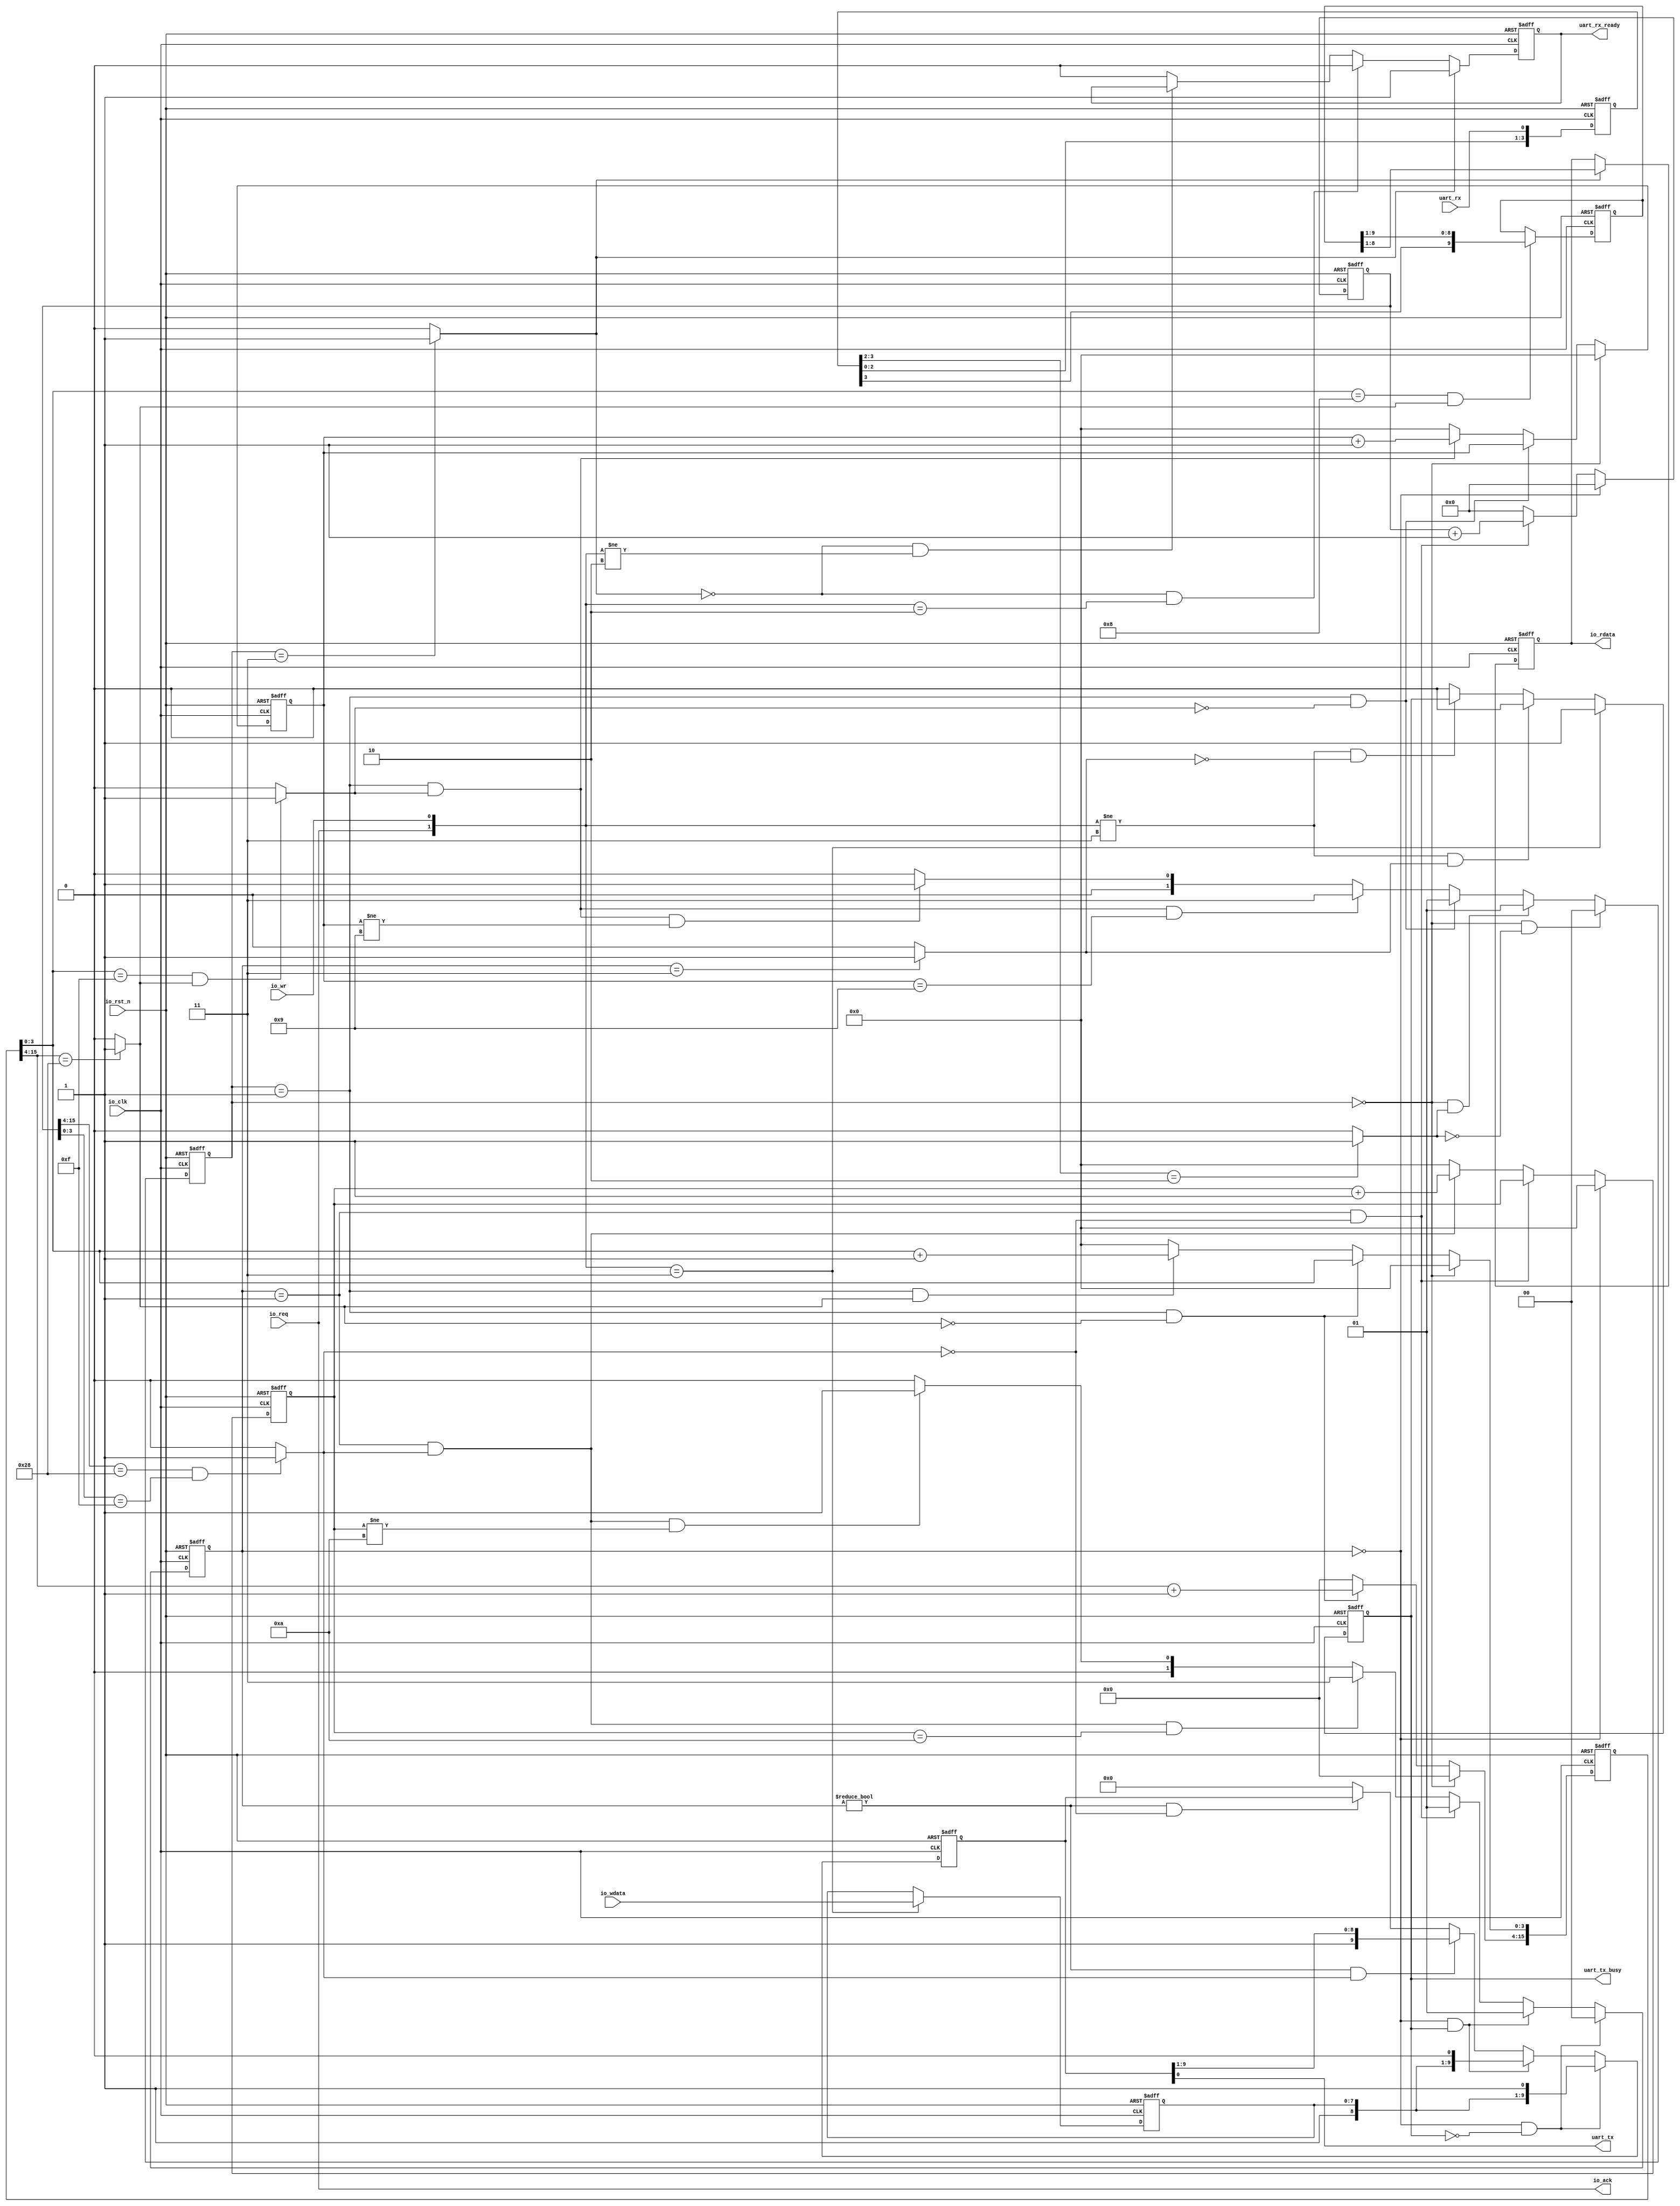
//------------------------------------------------------------------------------
//
//  tg_uart.v : serial controller (8bit parity-none stop1) module
//
//  LICENSE : "as-is"
//  TakeshiNagashima caramelgate@gmail.com
//------------------------------------------------------------------------------
//  2012/mar/03 release 0.0  connection test
//
//------------------------------------------------------------------------------

module tg_uart #(
	parameter	baud38400  =16'd40		// 25Mhz : 38400x16=40
) (
	output			uart_tx,			// out   [UART] send
	output			uart_tx_busy,		// out   [UART] send busy

	input			uart_rx,			// in    [UART] recieve
	output			uart_rx_ready,		// out   [UART] recieve data ready

	input	[7:0]	io_wdata,			// in    [UART] [7:0] io write data input
	output	[7:0]	io_rdata,			// out   [UART] [7:0] io read data output
	input			io_req,				// in    [UART] io req
	input			io_wr,				// in    [UART] io #read/write
	output			io_ack,				// out   [UART] io ack/#busy
	input			io_clk,				// in    [UART] clk
	input			io_rst_n			// in    [UART] #rst
);

//--------------------------------------------------------------
//  local parameter

	localparam	txst00=2'b00;
	localparam	txst01=2'b01;
	localparam	txst02=2'b11;
	localparam	txst03=2'b10;

	localparam	rxst00=2'b00;
	localparam	rxst01=2'b01;
	localparam	rxst02=2'b11;
	localparam	rxst03=2'b10;

//--------------------------------------------------------------
//  signal

	reg		[7:0] tx_data_r;
	reg		tx_busy_r;
	reg		[1:0] txstate_r;
	reg		[15:0] tx_count_r;
	reg		[3:0] tx_count9_r;
	reg		[9:0] tx_out_r;
	wire	[7:0] tx_data_w;
	wire	tx_busy_w;
	wire	[1:0] txstate_w;
	wire	[15:0] tx_count_w;
	wire	[3:0] tx_count9_w;
	wire	[9:0] tx_out_w;

	wire	tx_count_end;

	reg		[3:0] rx_in_r;
	reg		[1:0] rxstate_r;
	reg		[15:0] rx_count_r;
	reg		[3:0] rx_count9_r;
	reg		[9:0] rx_data_r;
	reg		[7:0] rx_rdata_r;
	reg		rx_full_r;
	wire	[3:0] rx_in_w;
	wire	[1:0] rxstate_w;
	wire	[15:0] rx_count_w;
	wire	[3:0] rx_count9_w;
	wire	[9:0] rx_data_w;
	wire	[7:0] rx_rdata_w;
	wire	rx_full_w;

	wire	rx_count_low_end;
	wire	rx_count_end;

//--------------------------------------------------------------
//  design

	assign io_ack=io_req;

	// ---- send ----

	assign uart_tx=tx_out_r[0];
	assign uart_tx_busy=tx_busy_r;

	always @(posedge io_clk or negedge io_rst_n)
	begin
		if (io_rst_n==1'b0)
			begin
				tx_data_r[7:0] <= 8'b0;
				tx_busy_r <= 1'b0;
				txstate_r <= txst00;
				tx_count_r[15:0] <= 16'b0;
				tx_count9_r[3:0] <= 4'b0;
				tx_out_r[9:0] <= 10'b11111111;
			end
		else
			begin
				tx_data_r[7:0] <= tx_data_w[7:0];
				tx_busy_r <= tx_busy_w;
				txstate_r <= txstate_w;
				tx_count_r[15:0] <= tx_count_w[15:0];
				tx_count9_r[3:0] <= tx_count9_w[3:0];
				tx_out_r[9:0] <= tx_out_w[9:0];
			end
	end

	wire	tx_done;

	assign tx_count_end=(tx_count_r[15:4]==baud38400[11:0]) & (tx_count_r[3:0]==4'hf) ? 1'b1 : 1'b0;

	assign tx_data_w[7:0]=({io_req,io_wr}==2'b11) ? io_wdata[7:0] : tx_data_r[7:0];
	assign tx_busy_w=
			({io_req,io_wr}==2'b11) ? 1'b1 :
			({io_req,io_wr}!=2'b11) & (tx_done==1'b1) ? 1'b0 :
			({io_req,io_wr}!=2'b11) & (tx_done==1'b0) ? tx_busy_r :
			1'b0;

	assign txstate_w=
			(txstate_r==txst00) & (tx_busy_r==1'b0) ? txst00 :
			(txstate_r==txst00) & (tx_busy_r==1'b1) ? txst01 :
			(txstate_r==txst01) & (tx_count_end==1'b0) ? txst01 :
			(txstate_r==txst01) & (tx_count_end==1'b1) & (tx_count9_r[3:0]==4'd10) ? txst02 :
			(txstate_r==txst01) & (tx_count_end==1'b1) & (tx_count9_r[3:0]!=4'd10) ? txst01 :
			(txstate_r==txst02) ? txst00 :
			(txstate_r==txst03) ? txst00 :
			txst00;

	assign tx_done=(txstate_r==txst02) ? 1'b1 :1'b0;

	assign tx_count_w[15:0]=
			(txstate_r==txst00) ? 16'b0 :
			(txstate_r==txst01) & (tx_count_end==1'b0) ? tx_count_r[15:0]+16'h01:
			(txstate_r==txst01) & (tx_count_end==1'b1) ? 16'h0 :
			(txstate_r==txst02) ? 16'h0 :
			(txstate_r==txst03) ? 16'h0 :
			16'h0;

	assign tx_count9_w[3:0]=
			(txstate_r==txst00) ? 4'b0 :
			(txstate_r==txst01) & (tx_count_end==1'b0) ? tx_count9_r[3:0] :
			(txstate_r==txst01) & (tx_count_end==1'b1) ? tx_count9_r[3:0]+4'h1 :
			(txstate_r==txst02) ? 4'h0 :
			(txstate_r==txst03) ? 4'h0 :
			4'h0;

	assign tx_out_w[9:0]=
			(txstate_r==txst00) & (tx_busy_r==1'b0) ? {1'b1,tx_data_r[7:0],1'b1} :
			(txstate_r==txst00) & (tx_busy_r==1'b1) ? {1'b1,tx_data_r[7:0],1'b0} :
			(txstate_r!=txst00) & (tx_count_end==1'b1) ? {1'b1,tx_out_r[9:1]} :
			(txstate_r!=txst00) & (tx_count_end==1'b0) ? tx_out_r[9:0] :
			10'b0;

	// ---- recieve ----

	assign uart_rx_ready=rx_full_r;
	assign io_rdata[7:0]=rx_rdata_r[7:0];

	always @(posedge io_clk or negedge io_rst_n)
	begin
		if (io_rst_n==1'b0)
			begin
				rx_in_r[3:0] <= 8'b0;
				rxstate_r <= rxst00;
				rx_count_r[15:0] <= 16'b0;
				rx_count9_r[3:0] <= 4'b0;
				rx_data_r[9:0] <= 10'b0;
				rx_rdata_r[7:0] <= 8'b0;
				rx_full_r <= 1'b0;
			end
		else
			begin
				rx_in_r[3:0] <= rx_in_w[3:0];
				rxstate_r <= rxstate_w;
				rx_count_r[15:0] <= rx_count_w[15:0];
				rx_count9_r[3:0] <= rx_count9_w[3:0];
				rx_data_r[9:0] <= rx_data_w[9:0];
				rx_rdata_r[7:0] <= rx_rdata_w[7:0];
				rx_full_r <= rx_full_w;
			end
	end

	wire	rx_edge;
	wire	rx_done;

	assign rx_count_low_end=(rx_count_r[15:4]==baud38400[11:0]) ? 1'b1 : 1'b0;

	assign rx_count_end=(rx_count_r[3:0]==4'hf) & (rx_count_low_end==1'b1) ? 1'b1 : 1'b0;

	assign rx_in_w[0]=uart_rx;
	assign rx_in_w[1]=rx_in_r[0];
	assign rx_in_w[2]=rx_in_r[1];
	assign rx_in_w[3]=rx_in_r[2];

	assign rx_edge=(rx_in_r[3:2]==2'b10) ? 1'b1 : 1'b0;

	assign rxstate_w=
			(rxstate_r==rxst00) & (rx_edge==1'b0) ? rxst00 :
			(rxstate_r==rxst00) & (rx_edge==1'b1) ? rxst01 :
			(rxstate_r==rxst01) & (rx_count_end==1'b0) ? rxst01 :
			(rxstate_r==rxst01) & (rx_count_end==1'b1) & (rx_count9_r[3:0]==4'd9) ? rxst02 :
			(rxstate_r==rxst01) & (rx_count_end==1'b1) & (rx_count9_r[3:0]!=4'd9) ? rxst01 :
			(rxstate_r==rxst02) ? rxst00 :
			(rxstate_r==rxst03) ? rxst00 :
			rxst00;

	assign rx_done=(rxstate_r==rxst02) ? 1'b1 :1'b0;

	assign rx_count_w[3:0]=
			(rxstate_r==rxst00) ? 4'b0 :
			(rxstate_r==rxst01) & (rx_count_low_end==1'b0) ? rx_count_r[3:0] :
			(rxstate_r==rxst01) & (rx_count_low_end==1'b1) ? rx_count_r[3:0]+4'h1:
			(rxstate_r==rxst02) ? 4'h0 :
			(rxstate_r==rxst03) ? 4'h0 :
			4'h0;

	assign rx_count_w[15:4]=
			(rxstate_r==rxst00) ? 12'b0 :
			(rxstate_r==rxst01) & (rx_count_low_end==1'b0) ? rx_count_r[15:4]+12'h01:
			(rxstate_r==rxst01) & (rx_count_low_end==1'b1) ? 12'h0 :
			(rxstate_r==rxst02) ? 12'h0 :
			(rxstate_r==rxst03) ? 12'h0 :
			12'h0;

	assign rx_count9_w[3:0]=
			(rxstate_r==rxst00) ? 4'b0 :
			(rxstate_r==rxst01) & (rx_count_end==1'b0) ? rx_count9_r[3:0] :
			(rxstate_r==rxst01) & (rx_count_end==1'b1) ? rx_count9_r[3:0]+4'h1 :
			(rxstate_r==rxst02) ? 4'h0 :
			(rxstate_r==rxst03) ? 4'h0 :
			4'h0;

	assign rx_data_w[9:0]=(rx_count_r[3:0]==4'h8) & (rx_count_low_end==1'b1) ? {rx_in_r[3],rx_data_r[9:1]} : rx_data_r[9:0];
	assign rx_rdata_w[7:0]=(rx_done==1'b1) ? rx_data_r[8:1] : rx_rdata_r[7:0];

	assign rx_full_w=
			(rx_done==1'b1) ? 1'b1 :
			(rx_done==1'b0) & ({io_req,io_wr}==2'b10) ? 1'b0 :
			(rx_done==1'b0) & ({io_req,io_wr}!=2'b10) ? rx_full_r :
			1'b0;

endmodule